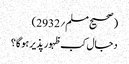
(صحیح مسلم؍2932)
دجال کب ظہور پذیر ہوگا؟